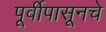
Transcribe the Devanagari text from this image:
पूर्वीपासूनचे